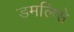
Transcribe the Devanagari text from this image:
डमलिसे